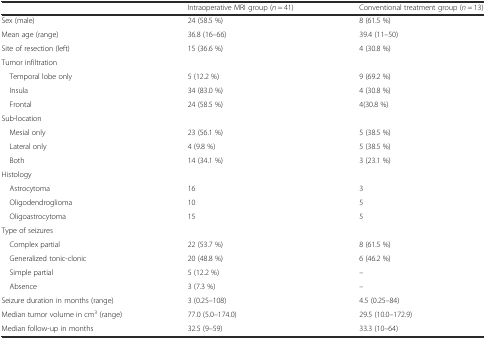
|  | Intraoperative MRI group (n = 41) | Conventional treatment group (n = 13) |
 | --- | --- | --- |
 | Sex (male) | 24 (58.5 %) | 8 (61.5 %) |
 | Mean age (range) | 36.8 (16–66) | 39.4 (11–50) |
 | Site of resection (left) | 15 (36.6 %) | 4 (30.8 %) |
 | Tumor infiltration |  |  |
 | Temporal lobe only | 5 (12.2 %) | 9 (69.2 %) |
 | Insula | 34 (83.0 %) | 4 (30.8 %) |
 | Frontal | 24 (58.5 %) | 4(30.8 %) |
 | Sub-location |  |  |
 | Mesial only | 23 (56.1 %) | 5 (38.5 %) |
 | Lateral only | 4 (9.8 %) | 5 (38.5 %) |
 | Both | 14 (34.1 %) | 3 (23.1 %) |
 | Histology |  |  |
 | Astrocytoma | 16 | 3 |
 | Oligodendroglioma | 10 | 5 |
 | Oligoastrocytoma | 15 | 5 |
 | Type of seizures |  |  |
 | Complex partial | 22 (53.7 %) | 8 (61.5 %) |
 | Generalized tonic-clonic | 20 (48.8 %) | 6 (46.2 %) |
 | Simple partial | 5 (12.2 %) | – |
 | Absence | 3 (7.3 %) | – |
 | Seizure duration in months (range) | 3 (0.25–108) | 4.5 (0.25–84) |
 | Median tumor volume in cm3 (range) | 77.0 (5.0–174.0) | 29.5 (10.0–172.9) |
 | Median follow-up in months | 32.5 (9–59) | 33.3 (10–64) |